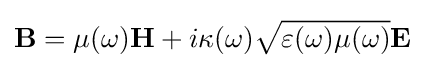
{\textbf {B}}=\mu (\omega ){\textbf {H}}+i\kappa (\omega ){\sqrt {\varepsilon (\omega )\mu (\omega )}}{\textbf {E}}